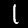
Label: 1